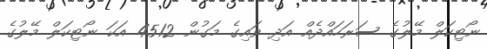
ނޯޓިކަލް މޭލުގެ ސަރަހައްދެއް އަދި ވައިގެ މަގުން 4512 އަކަ ނޯޓިކަލް މޭލުގެ